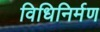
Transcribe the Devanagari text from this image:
विधिनिर्मण